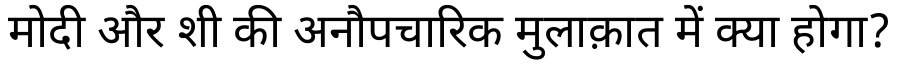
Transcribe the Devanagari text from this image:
मोदी और शी की अनौपचारिक मुलाक़ात में क्या होगा?